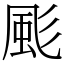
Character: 颩